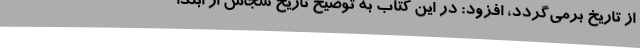
از تاریخ برمی‌گردد، افزود: در این کتاب به توضیح تاریخ سجاس از ابتدا